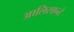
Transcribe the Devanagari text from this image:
आलिसान्ते